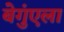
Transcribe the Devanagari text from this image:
बेगुंएला